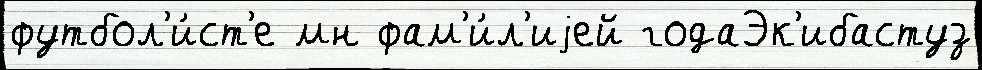
футбол'и́ст'е мн фам'и́л'иjей годаЭк'ибастуз